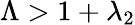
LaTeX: \Lambda>1+\lambda_{2}